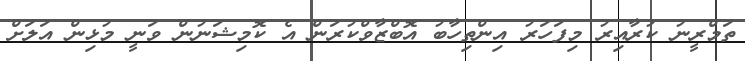
ތަމްރީނު ކުރާއިރު މިފަހަރު އިންތިހާބު އޮބްޒާވްކުރަން އެ ކޮމިޝަނުން ވަނީ މުޅިން އަލަށް